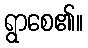
ရွာစေ၏။